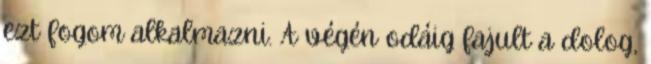
ezt fogom alkalmazni. A végén odáig fajult a dolog,